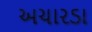
અચારડા